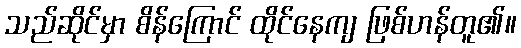
သည်ဆိုင်မှာ စိန်ကြောင် ထိုင်နေကျ ဖြစ်ဟန်တူ၏။